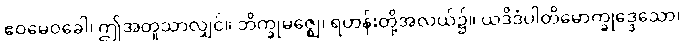
ဧဝမေဝခေါ၊ ဤအတူသာလျှင်။ ဘိက္ခုမဇ္ဈေ၊ ရဟန်းတို့အလယ်၌။ ယဒိဒံပါတိမောက္ခုဒ္ဒေသော၊